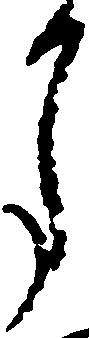
月